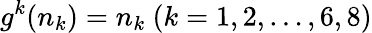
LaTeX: g^{k}(n_{k})=n_{k}\ (k=1,2,\ldots,6,8)